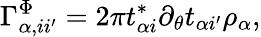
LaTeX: \Gamma_{\alpha,ii^{\prime}}^{\Phi}=2\pi t_{\alpha i}^{*}\partial_{\theta}t_{\alpha i^{\prime}}\rho_{\alpha},